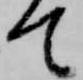
て